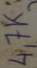
Text: 4,7K